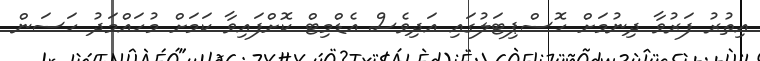
އިތުރު ފަރުވާ ދިނުމަށް ހޮސްޕިޓަލުގައި އަދިވެސް އެޑްމިޓް ކޮށްފައިވާ ކަމަށް މުހައްމަދު ހަސަން